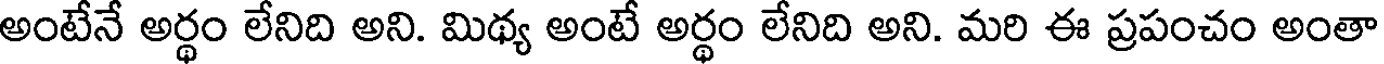
అంటేనే అర్థం లేనిది అని. మిథ్య అంటే అర్థం లేనిది అని. మరి ఈ ప్రపంచం అంతా